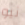
نيو